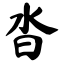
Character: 沓